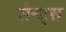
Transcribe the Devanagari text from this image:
सेन्ट्स